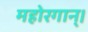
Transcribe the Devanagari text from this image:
महोरगान्।